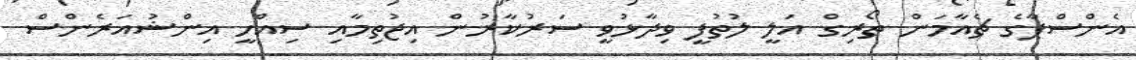
އެންސްޕާގެ ޗެއާމަން ތޯރިގް އަލީ ލުތުފީ ވިދާޅުވީ ސަރުކާރުން އިޖުތިމާއި ސިއްހީ އިންޝުއަރެންސް